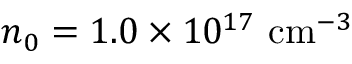
n _ { 0 } = 1 . 0 \times 1 0 ^ { 1 7 } \mathrm { ~ c m } ^ { - 3 }